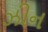
ઝીન